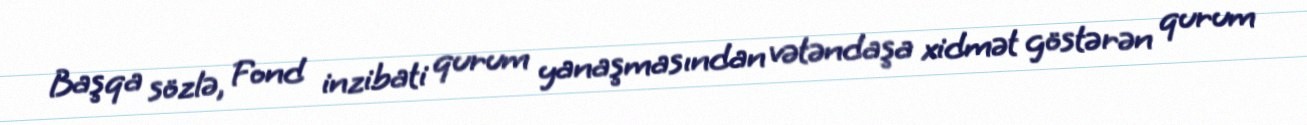
Başqa sözlə, Fond inzibati qurum yanaşmasından vətəndaşa xidmət göstərən qurum